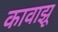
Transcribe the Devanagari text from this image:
कावाझू